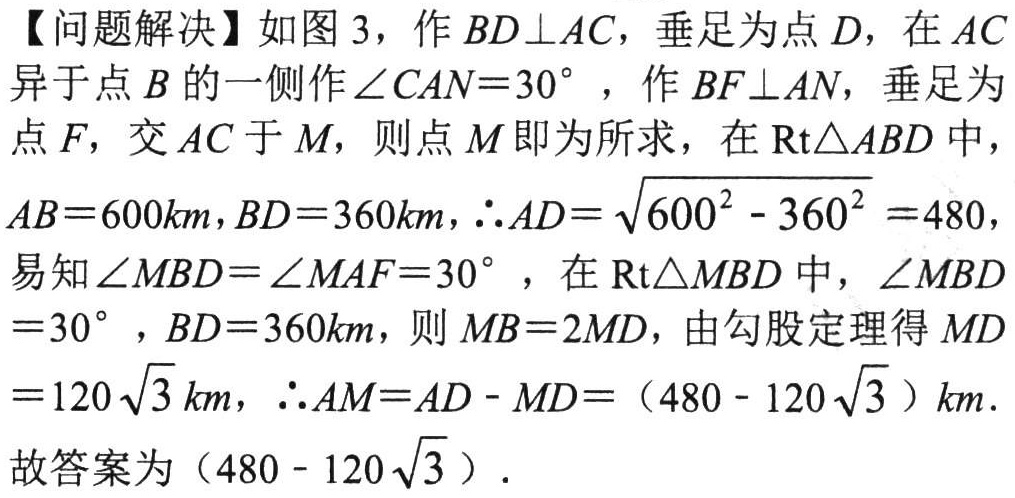
【问题解决】如图 3，作 \(BD\perp AC\)，垂足为点 \(D\)，在 \(AC\)异于点 \(B\)的一侧作 \(\angle CAN = 30^{\circ}\) ，作 \(BF\perp AN\)，垂足为点 \(F\)，交 \(AC\)于 \(M\)，则点 \(M\)即为所求，在 \(\text{Rt}\triangle ABD\)中，\(AB = 600km\)，\(BD = 360km\)，\(\therefore AD=\sqrt{600^{2}-360^{2}} = 480\)，易知 \(\angle MBD=\angle MAF = 30^{\circ}\) ，在 \(\text{Rt}\triangle MBD\)中，\(\angle MBD = 30^{\circ}\) ，\(BD = 360km\)，则 \(MB = 2MD\)，由勾股定理得 \(MD=120\sqrt{3}km\)，\(\therefore AM = AD - MD=(480 - 120\sqrt{3})km\).
故答案为 \((480 - 120\sqrt{3})\).